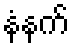
နံနက်